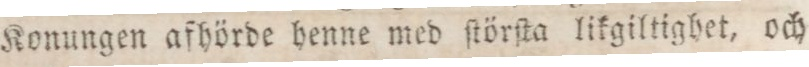
Konungen afhörde henne med ſtörſta likgiltighet, och